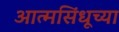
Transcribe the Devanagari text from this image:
आत्मसिंधूच्या